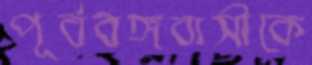
পূর্ববঙ্গবাসীকে